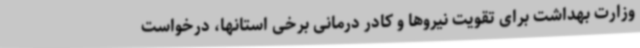
وزارت بهداشت برای تقویت نیروها و کادر درمانی برخی استانها، درخواست